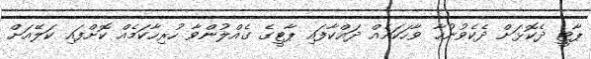
ޕާޓީ ދެކޮޅަށް ދެކެވުނުހާ ވާހަކައެއް ދައްކާފައި ޕާޓީގެ ގެއްލުންވާ ހުރިހާކަމެއް ކޮށްފައި ކަލޭއަށް